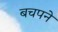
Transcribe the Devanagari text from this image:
बचपने